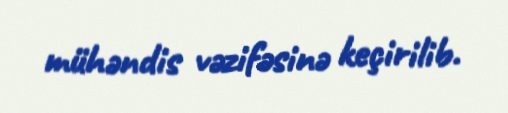
mühəndis vəzifəsinə keçirilib.